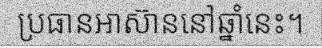
ប្រធានអាស៊ាននៅឆ្នាំនេះ។